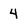
Character: 4